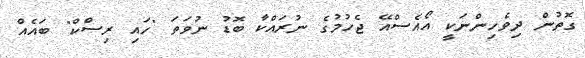
ގޮތުން ދިވެހިންނަކީ އޯއެސްއޭ ޖެހުމުގެ ނުރައްކާ ބޮޑު ނުވަތަ "ހައި ރިސްކް" ބައެއް